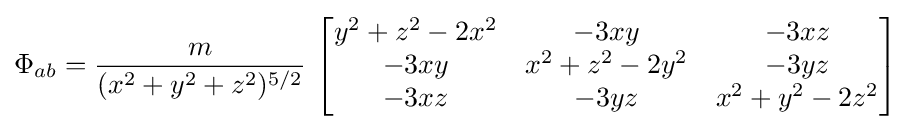
\Phi _{ab}={\frac {m}{(x^{2}+y^{2}+z^{2})^{5/2}}}\,\left[{\begin{matrix}y^{2}+z^{2}-2x^{2}&-3xy&-3xz\\-3xy&x^{2}+z^{2}-2y^{2}&-3yz\\-3xz&-3yz&x^{2}+y^{2}-2z^{2}\end{matrix}}\right]